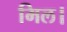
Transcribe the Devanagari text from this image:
मिल।